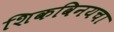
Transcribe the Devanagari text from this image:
शिकविनयचा